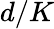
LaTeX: d/K